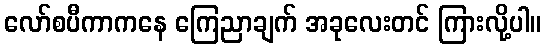
လော်စပီကာကနေ ကြေညာချက် အခုလေးတင် ကြားလို့ပါ။